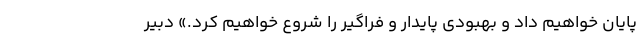
پایان خواهیم داد و بهبودی پایدار و فراگیر را شروع خواهیم کرد.» دبیر